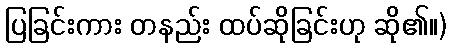
ပြခြင်းကား တနည်း ထပ်ဆိုခြင်းဟု ဆို၏။)